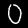
Digit: 0